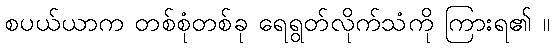
စပယ်ယာက တစ်စုံတစ်ခု ရေရွတ်လိုက်သံကို ကြားရ၏ ။